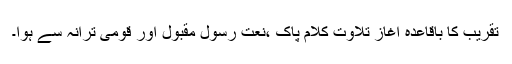
تقریب کا باقاعدہ آغاز تلاوت کلام پاک ،نعت رسول مقبولؐ اور قومی ترانہ سے ہوا۔